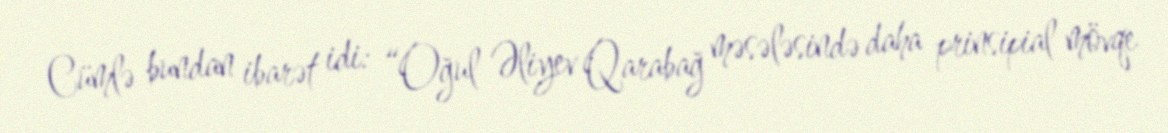
Cümlə bundan ibarət idi: “Oğul Əliyev Qarabağ məsələsində daha prinsipial mövqe